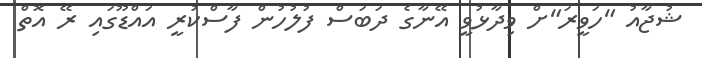
ޝުޖާއު "ހަވީރަ"ށް ވިދާޅުވީ އޭނާގެ ދަބަސް ފުލުހުން ފާސްކުރީ އައްޑޫގައި ރޭ އޮތް